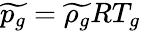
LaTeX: \widetilde{p_{g}}=\widetilde{\rho_{g}}RT_{g}